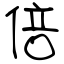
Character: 倍